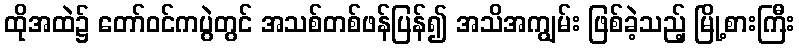
ထိုအထဲ၌ တော်ဝင်ကပွဲတွင် အသစ်တစ်ဖန်ပြန်၍ အသိအကျွမ်း ဖြစ်ခဲ့သည့် မြို့စားကြီး